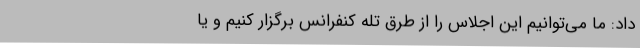
داد: ما می‌توانیم این اجلاس را از طرق تله کنفرانس برگزار کنیم و یا